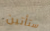
ستأتين